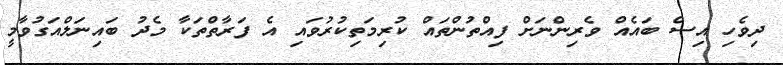
ދިވެހި އިސް ބައެއް ވެރިންނަށް ފިއްތުންތައް ކުރިމަތިކުރުވައި އެ ފަރާތްތަކާ މެދު ބައިނަލްއަގުވާމީ